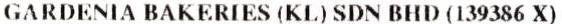
GARDENIA BAKERIES (KL) SDN BHD (139386 X)